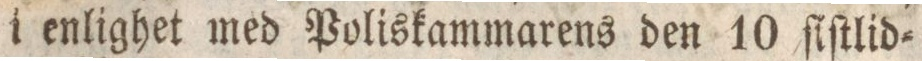
i enlighet med Poliskammarens den 10 ſiſtlid=